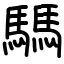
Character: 騳